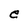
Character: e